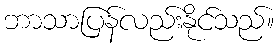
ဘာသာပြန်လည်းနိုင်သည်။